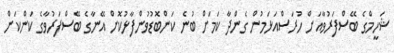
ޝަހީމްގެ ބޭސްފަރުވާއަށް ހުރަސްއަޅަމުން ގެންދާ ކަމަށް ބުނެ ކަންބޮޑުވުންފާޅުކޮށް އޭނާގެ ބޭސްފަރުވާގެ ކަންކަން